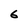
Character: 6